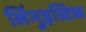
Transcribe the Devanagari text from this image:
लिंगुइस्टिक